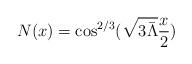
LaTeX: \begin{align*}N(x)=\cos^{2/3}(\sqrt{3\bar\Lambda}\frac x2)\end{align*}